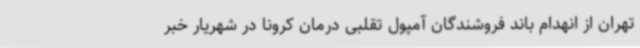
تهران از انهدام باند فروشندگان آمپول تقلبی درمان کرونا در شهریار خبر